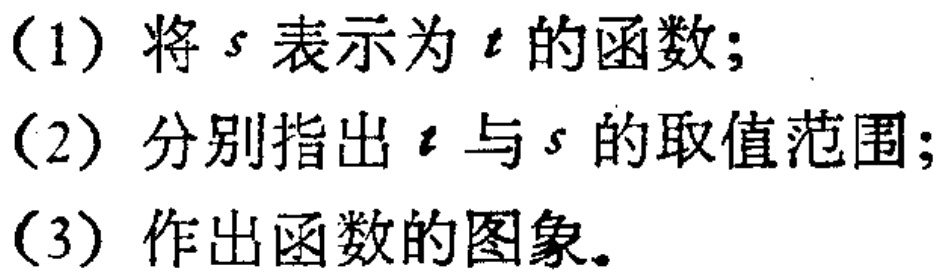
(1) 将 \(s\) 表示为 \(t\) 的函数；

(2) 分别指出 \(t\) 与 \(s\) 的取值范围；

(3) 作出函数的图象。